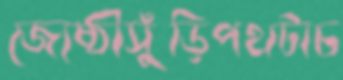
জ্যেষ্ঠীসুঁড়িপথটাচ